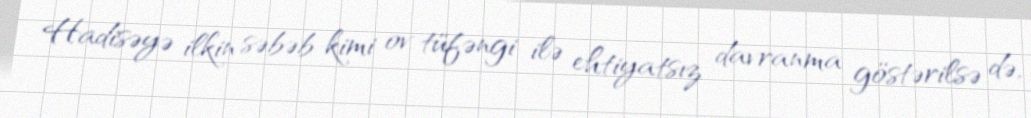
Hadisəyə ilkin səbəb kimi ov tüfəngi ilə ehtiyatsız davranma göstərilsə də,